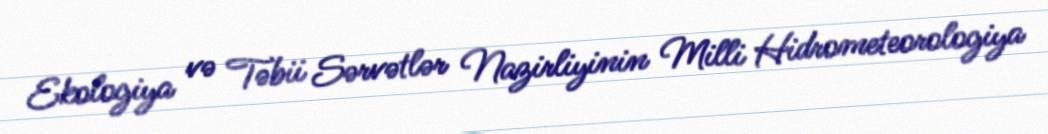
Ekologiya və Təbii Sərvətlər Nazirliyinin Milli Hidrometeorologiya